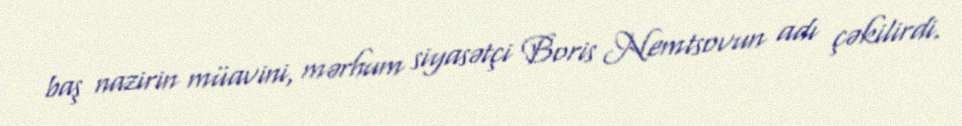
baş nazirin müavini, mərhum siyasətçi Boris Nemtsovun adı çəkilirdi.